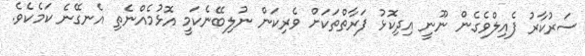
ސަރުކާރު ފެއިލްވެގެން ނޫނީ އިދިކޮޅު ފަރާތްތަކަށް ވެރިކަން ނުލިބޭނެކަމީ އޮޅުމެއްނެތި އެނގޭނެ ކަމެކެވެ.